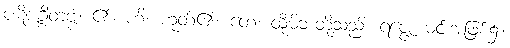
ပဋိဇဂ္ဂိတဗ္ဗံ၊ ၏။ ဟိ၊ ဟုတ်၏။ တေ၊ ထိုမိဘတို့သည်။ ရဇ္ဇေ၊ မင်းအဖြစ်၌။